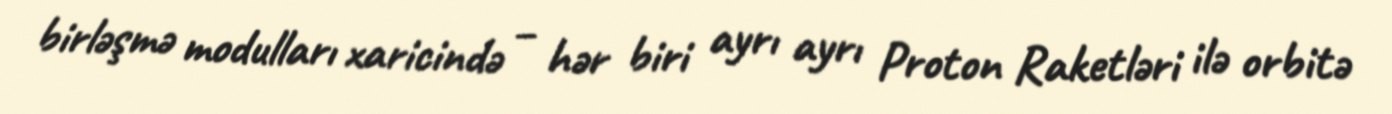
birləşmə modulları xaricində – hər biri ayrı ayrı Proton Raketləri ilə orbitə